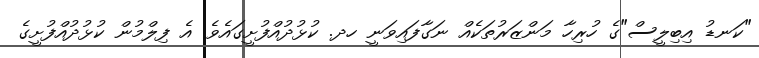
"ކަނޑު އިބިލީސް"ގެ ހުރިހާ މަންޒަރުތަކެއް ނަގާފައިވަނީ ހދ. ކުޅުދުއްފުށީގައެވެ. އެ ފިލްމުން ކުޅުދުއްފުށީގެ